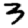
Digit: 3